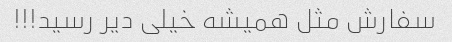
سفارش مثل همیشه خیلی دیر رسید!!!